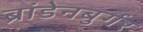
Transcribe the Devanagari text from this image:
ब्रांडेनबुर्गर